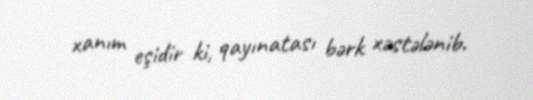
xanım eşidir ki, qayınatası bərk xəstələnib.